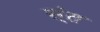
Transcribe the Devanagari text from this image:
स्ंत